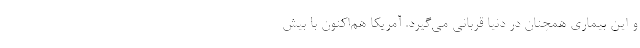
و این بیماری همچنان در دنیا قربانی می‌گیرد. آمریکا هم‌اکنون با بیش